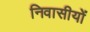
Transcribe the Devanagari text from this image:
निवासीयों